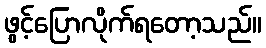
ဖွင့်ပြောလိုက်ရတော့သည်။